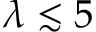
\lambda \lesssim 5